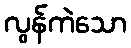
လွန်ကဲသော